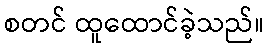
စတင် ထူထောင်ခဲ့သည်။